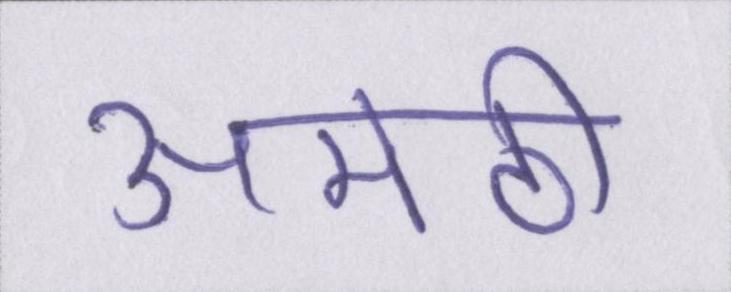
अमेठी